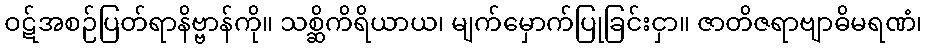
ဝဋ်အစဉ်ပြတ်ရာနိဗ္ဗာန်ကို။ သစ္ဆိကိရိယာယ၊ မျက်မှောက်ပြုခြင်းငှာ။ ဇာတိဇရာဗျာဓိမရဏံ၊